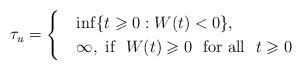
LaTeX: \begin{align*}\tau_u=\begin{cases}&\inf\{t\geqslant 0: W(t)<0\},\\& \infty, \mbox{\ if\ }\ W(t)\geqslant 0 \ \mbox{\ for all\ }\ t\geqslant 0 \end{cases}\end{align*}